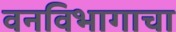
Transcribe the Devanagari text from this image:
वनविभागाचा